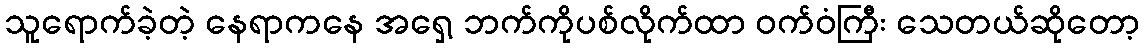
သူရောက်ခဲ့တဲ့ နေရာကနေ အရှေ့ ဘက်ကိုပစ်လိုက်ထာ ဝက်ဝံကြီး သေတယ်ဆိုတော့